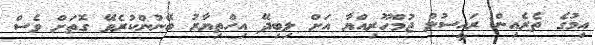
އިމުގެ ތެރެއިން ރައީސުލް ޖުމްހޫރިިއްޔާ އަށް ލިބިދޭ އިހްތިޔާރު ބޭނުންކުރެވޭ ގޮތަށް ވެސް